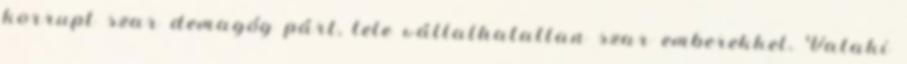
korrupt szar demagóg párt, tele vállalhatatlan szar emberekkel. Valaki